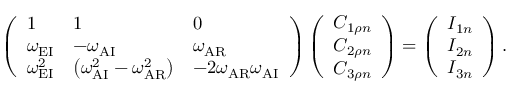
\left( \begin{array} { l l l } { 1 } & { 1 } & { 0 } \\ { \omega _ { \mathrm { E I } } } & { - \omega _ { \mathrm { A I } } } & { \omega _ { \mathrm { A R } } } \\ { \omega _ { \mathrm { E I } } ^ { 2 } } & { \left( \omega _ { \mathrm { A I } } ^ { 2 } - \omega _ { \mathrm { A R } } ^ { 2 } \right) } & { - 2 \omega _ { \mathrm { A R } } \omega _ { \mathrm { A I } } } \end{array} \right) \left( \begin{array} { l } { C _ { 1 \rho n } } \\ { C _ { 2 \rho n } } \\ { C _ { 3 \rho n } } \end{array} \right) = \left( \begin{array} { l } { I _ { 1 n } } \\ { I _ { 2 n } } \\ { I _ { 3 n } } \end{array} \right) .